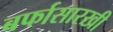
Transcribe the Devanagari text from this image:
बर्फासारखी